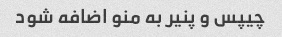
چیپس و پنیر به منو اضافه شود